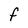
Character: F